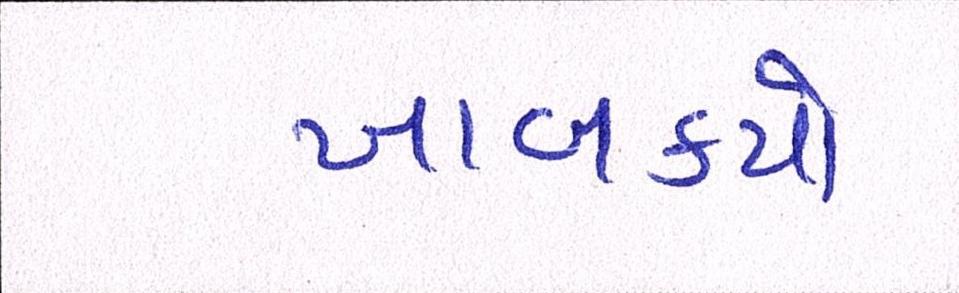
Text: ખાબક્યો